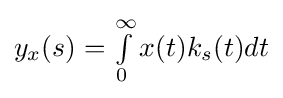
\textstyle y_{x}(s)=\int \limits _{0}^{\infty }x(t)k_{s}(t)dt